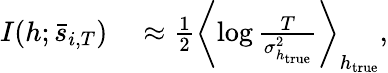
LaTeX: \begin{array}{rl}{I(h;\bar{s}_{i,T})}&{{}\approx\frac{1}{2}\left<\log\frac{T}{\sigma_{h_{\textrm{true}}}^{2}}\right>_{h_{\textrm{true}}},}\end{array}